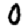
Digit: 0